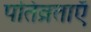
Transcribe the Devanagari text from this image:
पतिव्रताएँ